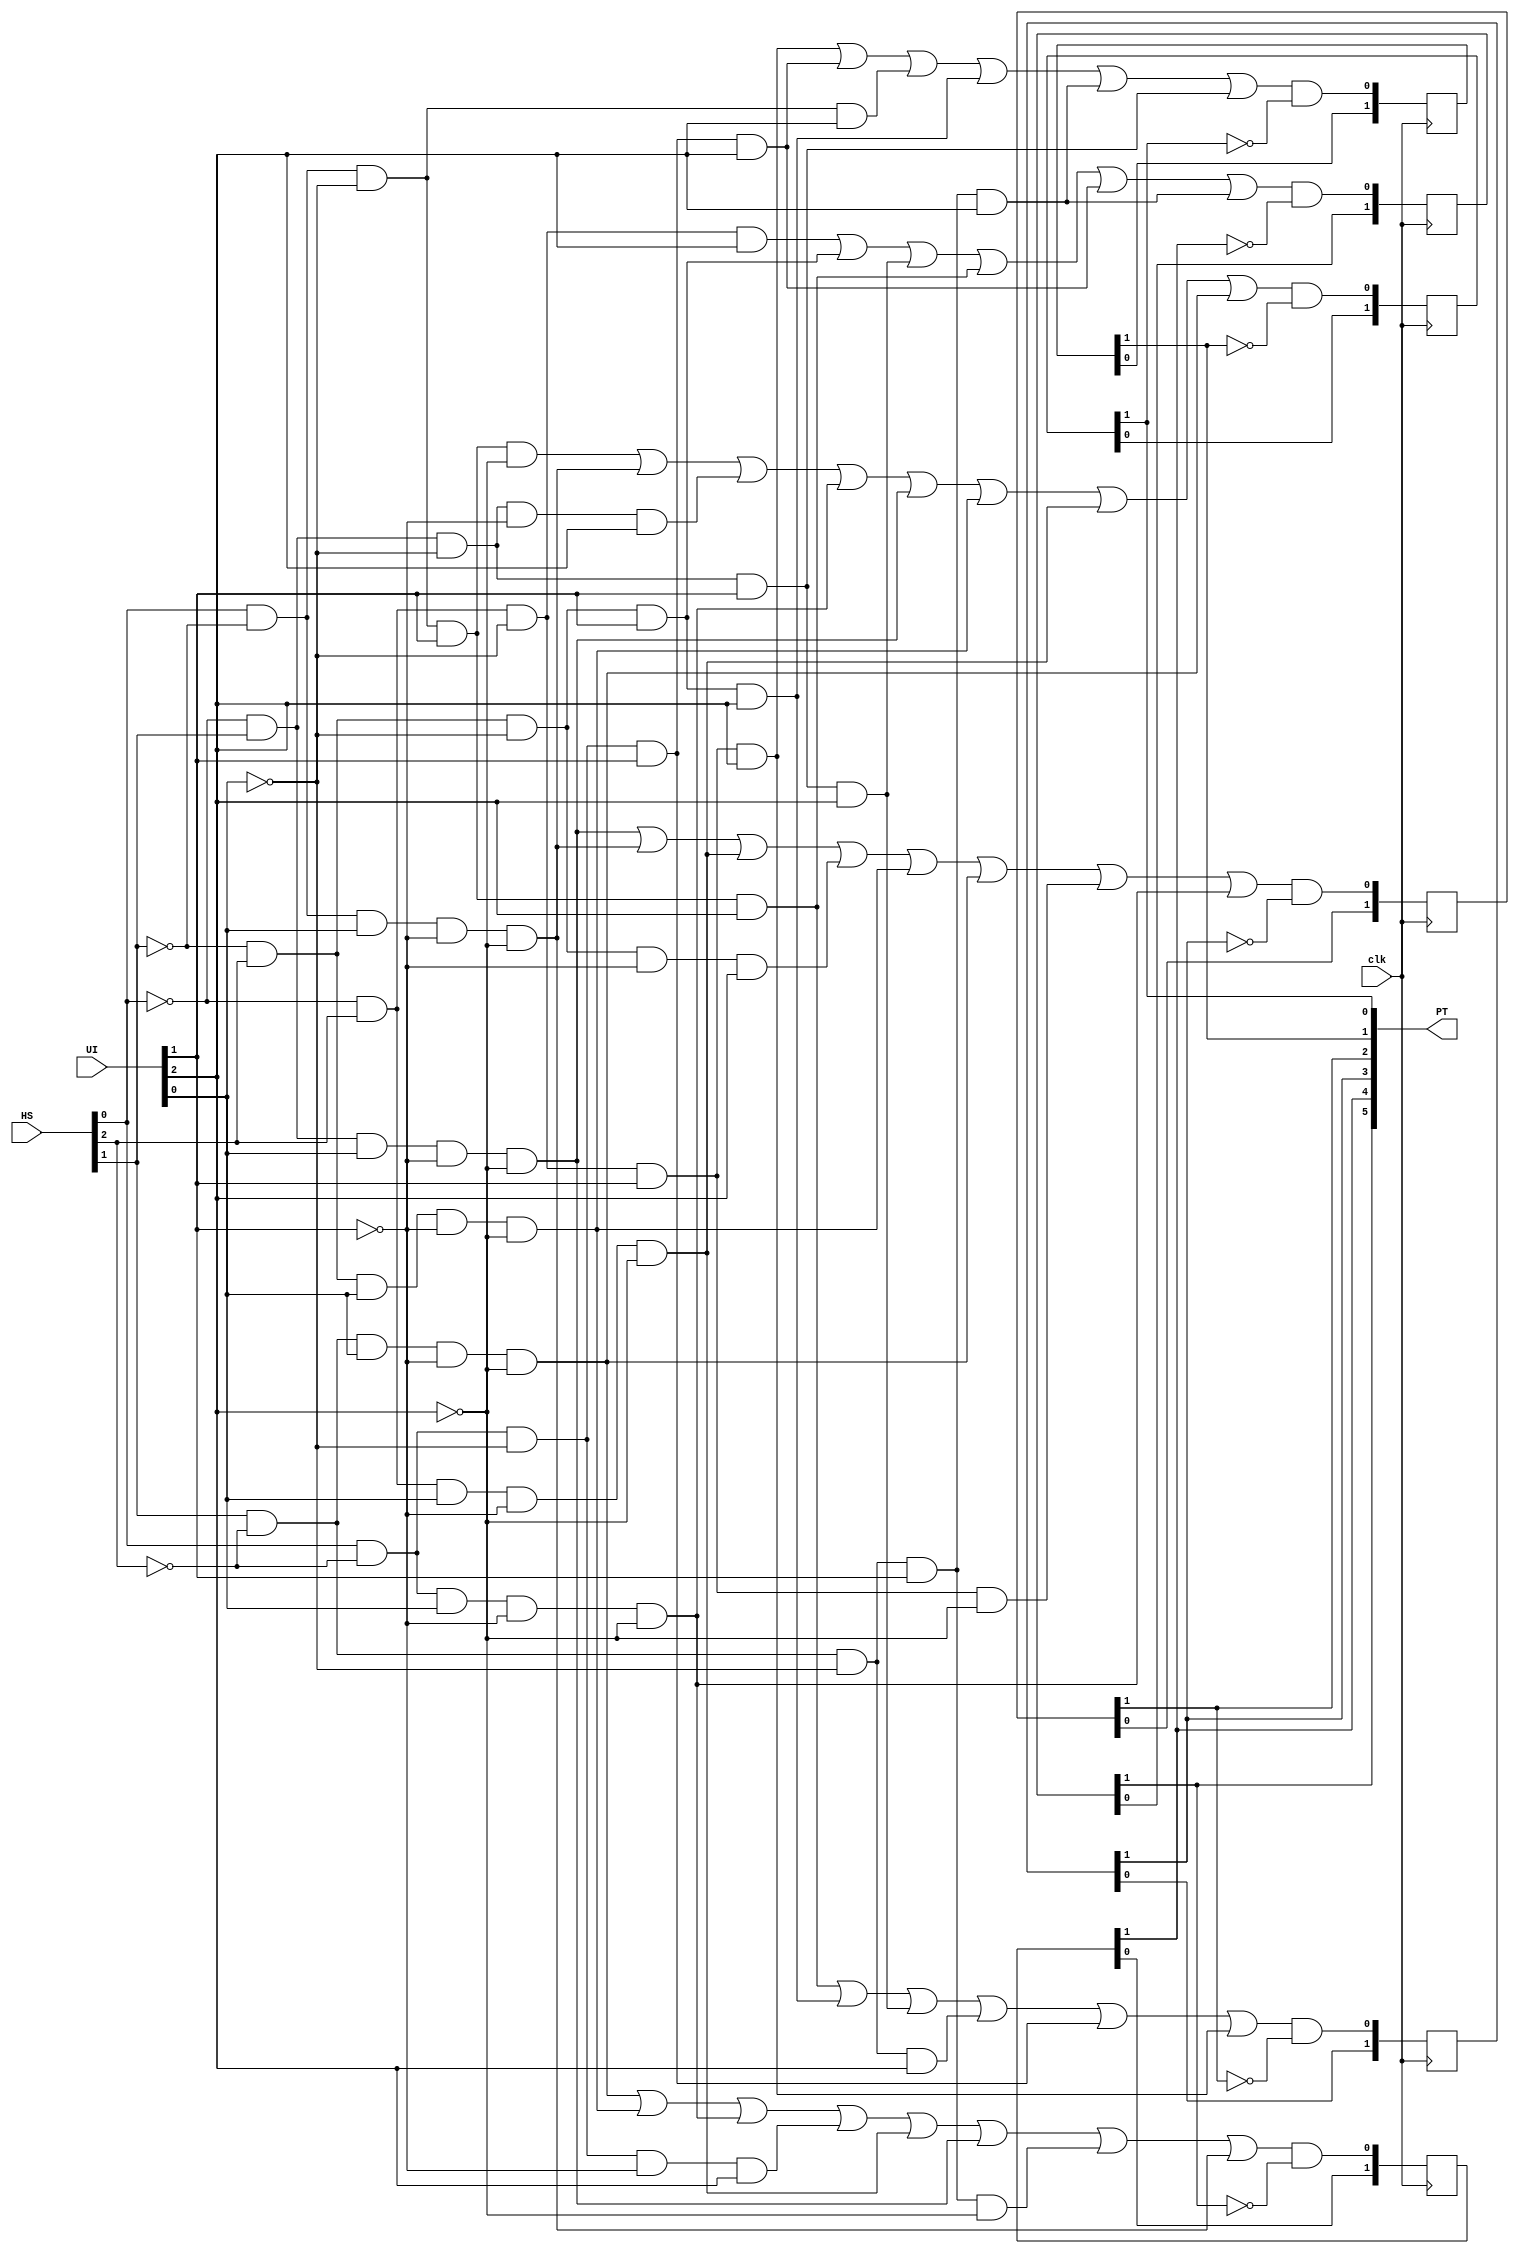
module CommutationControl(
	input clk,
	input [2:0]UI, 
	input [2:0]HS, //Hall Sensors 
	output [5:0]PT //6 Power Transistor control signals
);
	/*
	  UI[0](Regen brake One) or UI[1]&UI[2](Regen brake Two)
	  UI[1] is clockwise spin
	  UI[2] is counter-cw spin
	  HS[0],HS[1],HS[2] are the HS sensor signals
	*/	
	
	wire Aw,Bw,Cw,Dw,Ew,Fw;
	reg [1:0] Ar,Br,Cr,Dr,Er,Fr; //registers for delays

	//time delays need to be adjusted based on mosfets turn off/on delay
	assign Aw = ~HS[0]&HS[2]&~UI[0]&UI[2] | ~HS[1]&HS[2]&~UI[0]&UI[1] | ~HS[0]&HS[1]&~UI[0]&UI[1]&UI[2] | HS[0]&~HS[1]&~UI[0]&UI[1]&UI[2] | HS[0]&~HS[2]&~UI[0]&UI[1]&UI[2] | HS[1]&~HS[2]&~UI[0]&UI[1]&UI[2];
	assign Bw = HS[1]&~HS[2]&UI[0]&~UI[1]&~UI[2] | ~HS[1]&HS[2]&UI[0]&~UI[1]&~UI[2] | HS[0]&~HS[2]&UI[0]&~UI[1]&~UI[2] | HS[0]&~HS[2]&~UI[0]&~UI[1]&UI[2] | ~HS[0]&HS[2]&UI[0]&~UI[1]&~UI[2] | ~HS[0]&HS[1]&UI[0]&~UI[1]&~UI[2] | HS[1]&~HS[2]&~UI[0]&UI[1]&~UI[2] | HS[0]&~HS[1]&UI[0]&~UI[1]&~UI[2];
	assign Cw = HS[0]&~HS[1]&~UI[0]&UI[1]&UI[2] | ~HS[1]&HS[2]&~UI[0]&UI[1]&UI[2] | ~HS[0]&HS[1]&~UI[0]&UI[1]&UI[2] | HS[1]&~HS[2]&~UI[0]&UI[2] | HS[0]&~HS[2]&~UI[0]&UI[1] | ~HS[0]&HS[2]&~UI[0]&UI[1]&UI[2];
	assign Dw = ~HS[0]&HS[1]&UI[0]&~UI[1]&~UI[2] | HS[0]&~HS[1]&UI[0]&~UI[1]&~UI[2] | ~HS[0]&HS[2]&UI[0]&~UI[1]&~UI[2] | ~HS[1]&HS[2]&~UI[0]&~UI[1]&UI[2] | ~HS[1]&HS[2]&UI[0]&~UI[1]&~UI[2] | HS[1]&~HS[2]&UI[0]&~UI[1]&~UI[2] | ~HS[0]&HS[2]&~UI[0]&UI[1]&~UI[2] | HS[0]&~HS[2]&UI[0]&~UI[1]&~UI[2];
	assign Ew = ~HS[0]&HS[2]&~UI[0]&UI[1]&UI[2] | HS[0]&~HS[2]&~UI[0]&UI[1]&UI[2] | HS[0]&~HS[1]&~UI[0]&UI[2] | ~HS[1]&HS[2]&~UI[0]&UI[1]&UI[2] | HS[1]&~HS[2]&~UI[0]&UI[1]&UI[2] | ~HS[0]&HS[1]&~UI[0]&UI[1];
	assign Fw = HS[0]&~HS[1]&~UI[0]&UI[1]&~UI[2] | HS[0]&~HS[1]&UI[0]&~UI[1]&~UI[2] | ~HS[0]&HS[1]&~UI[0]&~UI[1]&UI[2] | HS[0]&~HS[2]&UI[0]&~UI[1]&~UI[2] | ~HS[0]&HS[1]&UI[0]&~UI[1]&~UI[2] | ~HS[1]&HS[2]&UI[0]&~UI[1]&~UI[2] | ~HS[0]&HS[2]&UI[0]&~UI[1]&~UI[2] | HS[1]&~HS[2]&UI[0]&~UI[1]&~UI[2];
	
	
	always@(posedge clk)begin 
	
		Ar[0] <= Aw&~Br[1];
		Ar[1] <= Ar[0]; //delays for turn on/off to avoid turning on two mosfets in the same half-bridge which can  result to shorting the battery.
		Br[0] <= Bw&~Ar[1]; //delay needs to be adjusted to accomodate for the power fets turn off delay
		Br[1] <= Br[0];
		
		
		Cr[0] <= Cw&~Dr[1];
		Cr[1] <= Cr[0];
		Dr[0] <= Dw&~Cr[1];
		Dr[1] <= Dr[0];
		
		Er[0] <= Ew&~Fr[1];
		Er[1] <= Er[0];
		Fr[0] <= Fw&~Er[1];
		Fr[1] <= Fr[0];		
		
	end
	

	assign PT = {Ar[1],Br[1],Cr[1],Dr[1],Er[1],Fr[1]};



endmodule